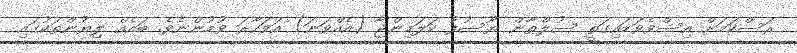
ރަސްކަމަށް އިސްވެވަޑައިގަތީ ސުލްޠާން ޔޫސުފު ކަލަމިންޖާ (އެއްވަނަ) އަވަހާރަ ވުމުންނެވެ. ބައެއް ލިޔުންތަކުގައި